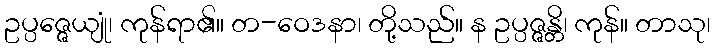
ဥပ္ပဇ္ဇေယျုံ၊ ကုန်ရာ၏။ တ-ဝေဒနာ၊ တို့သည်။ န ဥပ္ပဇ္ဇန္တိ၊ ကုန်။ တာသု၊